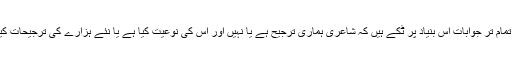
چنانچہ ہمارے تمام تر جوابات اس بنیاد پر ٹكے ہیں كہ شاعری ہماری ترجیح ہے یا نہیں اور اس كی نوعیت كیا ہے یا نئے ہزارے كی ترجیحات كیا ہو سكتی ہیں ۔